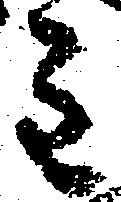
主